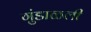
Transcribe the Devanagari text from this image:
गुंडाळली